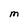
Character: m